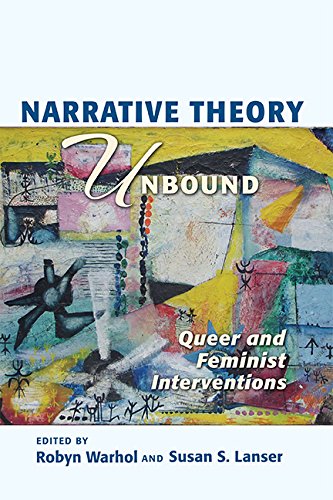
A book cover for Narrative Theory Unbound: Queer and Feminist Interventions (THEORY INTERPRETATION NARRATIV); ROBYN R. WARHOL; Politics & Social Sciences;